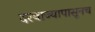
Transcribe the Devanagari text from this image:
दरवाज्यापासूनच